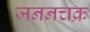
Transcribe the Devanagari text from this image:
जननचक्र